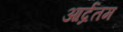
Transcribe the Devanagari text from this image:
आर्द्रतम